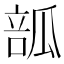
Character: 𤬃